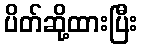
ပိတ်ဆို့ထားပြီး